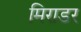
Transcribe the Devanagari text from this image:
मिराडर